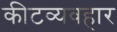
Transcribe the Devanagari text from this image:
कीटव्यवहार